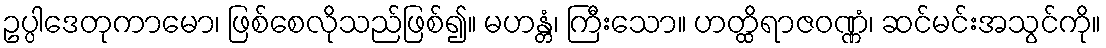
ဥပ္ပါဒေတုကာမော၊ ဖြစ်စေလိုသည်ဖြစ်၍။ မဟန္တံ၊ ကြီးသော။ ဟတ္ထိရာဇဝဏ္ဏံ၊ ဆင်မင်းအသွင်ကို။